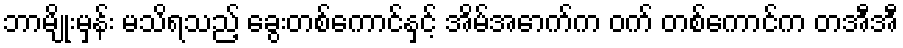
ဘာမျိုးမှန်း မသိရသည့် ခွေးတစ်ကောင်နှင့် အိမ်အောက်က ဝက် တစ်ကောင်က တအီအီ